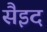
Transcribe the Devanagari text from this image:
सैइद